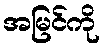
အမြင်ကို